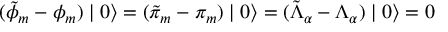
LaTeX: ( \tilde { \phi } _ { m } - \phi _ { m } ) \mid 0 \rangle = ( \tilde { \pi } _ { m } - \pi _ { m } ) \mid 0 \rangle = ( \tilde { \Lambda } _ { \alpha } - \Lambda _ { \alpha } ) \mid 0 \rangle = 0